system: You are a helpful assistant.
user:
Analyze the provided spectrum to determine if it is a **Carbon Star (C-type)**.

- **Key Visual Indicators of Carbon Star:**
    - **(Primary):** Strong molecular absorption from **C₂ (diatomic carbon) "Swan Bands."** This is the **defining feature** of a carbon star.
        - **(Key Bandheads):** Sharp absorption edges are visible at approximately $5635$ Å, $5165$ Å (the strongest band), and $4737$ Å.
        - **(Line Profile):** Creates a distinct **"saw-tooth"** pattern. The key morphology is a sharp, steep bandhead on the **red (long-wavelength) side**, which then gradually tapers off (i.e., flux recovers) towards the **blue (short-wavelength) side**. *(This is the direct opposite of the TiO bands seen in M-type stars)*.

    - **(Secondary):** Intense **CN (cyanogen)** molecular absorption bands.
        - **(Key Bandheads):** Located in the blue and violet regions of the spectrum (e.g., near $4215$ Å and $3883$ Å).
        - **(Morphology):** These bands are extremely broad and act as a "blanket," absorbing the vast majority of blue and violet light. This creates a characteristic **"cliff"** or **"steep drop-off"** in the spectrum's flux at short wavelengths.

    - **(Key Confirmation):** Strong **CH absorption band (G-band)**.
        - **(Key Bandhead):** Located around $4300$ Å. The contribution from CH molecules to this band is exceptionally strong.

    - **(Overall Spectrum):**
        - The continuum is severely "chopped up" by these deep molecular bands, especially C₂, rather than appearing as a smooth curve.
        - Due to the heavy CN and C₂ absorption in the blue-green, the vast majority of the star's flux is concentrated in the red part of the spectrum, giving the star its characteristic deep red color.

Think first, call **spectral_visualization_tool** if needed to examine features in detail, then provide your final answer. Your response must adhere to the following strict rules:
1.  **Overall Structure:** Your response must follow the format `<think>...</think> <tool_call>...</tool_call> (if a tool is used) <answer>...</answer>`.
2.  **Tool Usage Constraint:** You may only make **one** tool call per turn.
3.  **Final Answer Format:** In the `<answer>` tag, your conclusion must be inside a `\boxed{}` command (e.g., `\boxed{YES}`), followed by your justification.

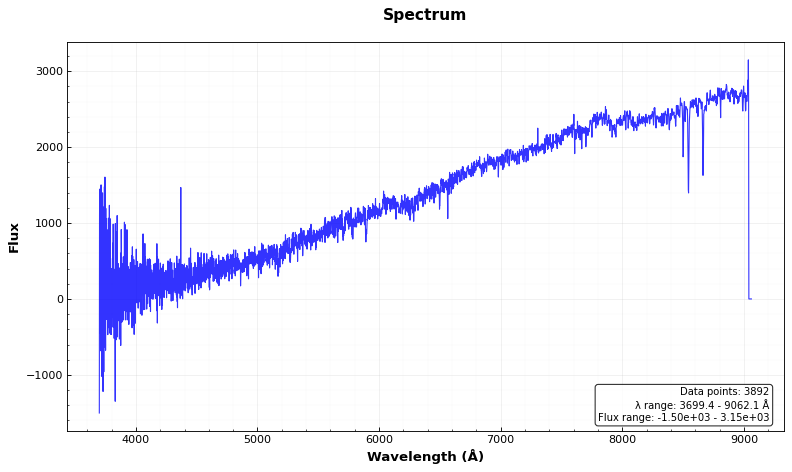
Answer: NO